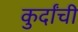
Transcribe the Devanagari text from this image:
कुर्दांची